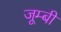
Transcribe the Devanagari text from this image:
जूम्बी